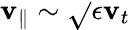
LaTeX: \mathbf{v}_{\parallel}\sim\sqrt{}{{\epsilon}}\mathbf{v}_{t}